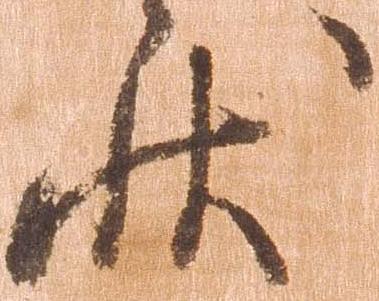
状